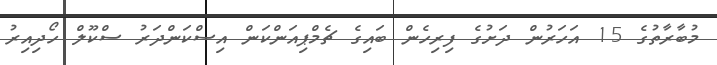
މުބާރާތުގެ 15 އަހަރުން ދަށުގެ ފިރިހެން ބައިގެ ޗެމްޕިއަންކަން އިސްކަންދަރު ސްކޫލް ހޯދިއިރު